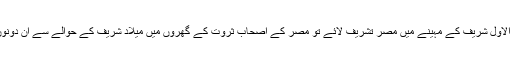
ایک مرتبہ حبیب عمر اور حبیب علی الجفری ربیع الاول شریف کے مہینے میں مصر تشریف لائے تو مصر کے اصحاب ِثروت کے گھروں میں میلاد شریف کے حوالے سے ان دونوں حضرات کے بہت پراثر خطابات سننے کو ملے۔